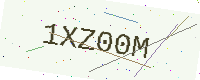
Text: 1XZ00M